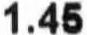
1.45